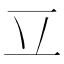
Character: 𰀆